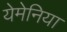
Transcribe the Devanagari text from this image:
येमेनिया